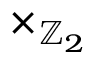
\times _ { \mathbb { Z } _ { 2 } }